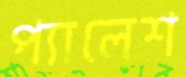
প্যালেশ